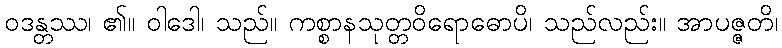
ဝဒန္တဿ၊ ၏။ ဝါဒေါ၊ သည်။ ကစ္စာနသုတ္တဝိရောဓောပိ၊ သည်လည်း။ အာပဇ္ဇတိ၊